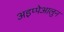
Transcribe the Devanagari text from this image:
अइप्पेआलुन